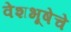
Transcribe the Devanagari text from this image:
वेशभूषेचे